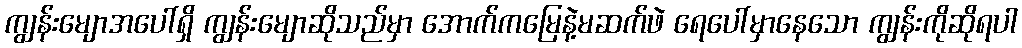
ကျွန်းမျောအပေါ်ရှိ ကျွန်းမျောဆိုသည်မှာ အောက်ကမြေနဲ့မဆက်ဖဲ ရေပေါ်မှာနေသော ကျွန်းကိုဆိုရပါ